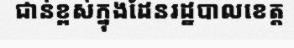
ជាន់ខ្ពស់ក្នុងដែនរដ្ឋបាលខេត្ត